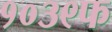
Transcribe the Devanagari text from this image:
१०३९फ